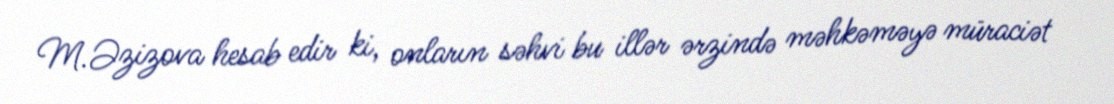
M.Əzizova hesab edir ki, onların səhvi bu illər ərzində məhkəməyə müraciət